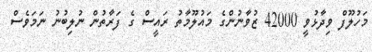
މަހުލޫފް ވިދާޅުވީ 42000 ޒުވާނުންގެ މައުލޫމާތު ރައީސް ގެ ފަރާތުން ނުލިބުނު ނަމަވެސް